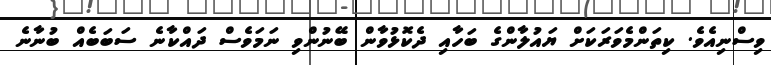
ވިސްނިއެވެ. ކިތަންމެވަރަކަށް ޔައުލާންގެ ބަހާއި ދެކޮޅުވާން ބޭނުންވި ނަމަވެސް ދައްކާނެ ސަބަބެއް ބުނާނެ